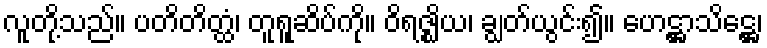
လူတို့သည်။ ပတိတိတ္ထံ၊ တူရူဆိပ်ကို။ ဝိရဇ္ဈိယ၊ ချွတ်ယွင်း၍။ ဟေဋ္ဌာသိဋ္ဌေ၊